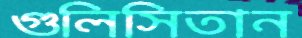
গুলিসিতান